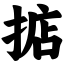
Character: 掂